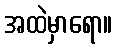
အထဲမှာရော။